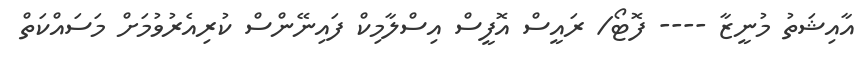
އާއިޝަތު މުނީޒާ ---- ފޮޓޯ/ ރައީސް އޮފީސް އިސްލާމިކް ފައިނޭންސް ކުރިއެރުވުމަށް މަސައްކަތް